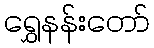
ရွှေနန်းတော်